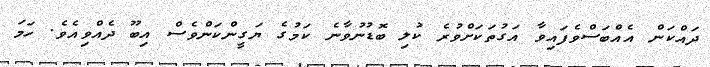
ދައްކަން އެއްބަސްވެފައިވާ އަގުތަކަށްވުރެ ކުލި ބޮޑުނުވާނެ ކަމުގެ ޔަގީންކަންވެސް އިބޫ ދެއްވިއެވެ. ހަމަ